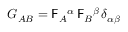
G _ { A B } = \mathsf { F } _ { A } { } ^ { \alpha } \, \mathsf { F } _ { B } { } ^ { \beta } \, \delta _ { \alpha \beta }